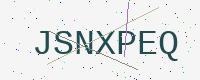
Text: JSNXPEQ